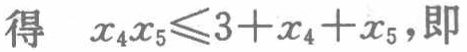
得 \(x_{4}x_{5}\leqslant 3 + x_{4}+x_{5}\)，即